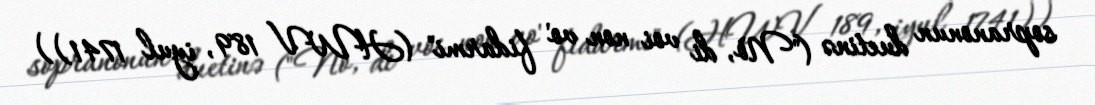
sopranonun duetinə ("Nò, di voi non vo' fidarmi" (HWV 189, iyul 1741))